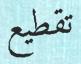
تقطيع